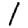
Digit: 1